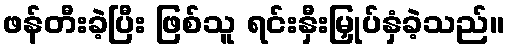
ဖန်တီးခဲ့ပြီး ဖြစ်သူ ရင်းနှီးမြှုပ်နှံခဲ့သည်။